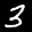
Label: 3